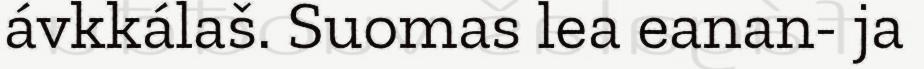
ávkkálaš. Suomas lea eanan- ja